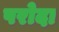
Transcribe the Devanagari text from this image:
परोदा